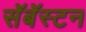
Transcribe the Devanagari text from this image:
सॅबॅस्टन